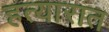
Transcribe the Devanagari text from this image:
हत्यारात